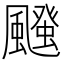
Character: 𮨱